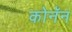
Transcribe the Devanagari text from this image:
कोनॅन